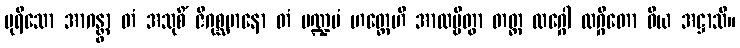
ပုရိသော အာဂန္တွာ တံ အသုစိံ ဇိဂုစ္ဆမာနော တံ မဏ္ဍပံ ဟတ္ထေဟိ အာလမ္ဗိတွာ တတ္ထ လဂ္ဂေါ လဂ္ဂိတော ဝိယ အဋ္ဌာသိ။